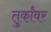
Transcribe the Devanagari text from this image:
तुर्कांवर